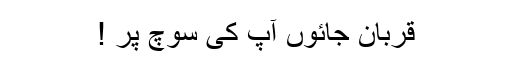
قربان جائوں آپ کی سوچ پر !